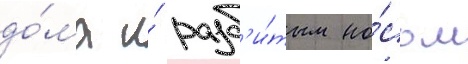
до́ма и́ разб'и́тым но́сом